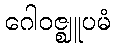
ဂေါဝဇ္ဈူပမံ